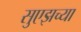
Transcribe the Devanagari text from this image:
सुएझच्या